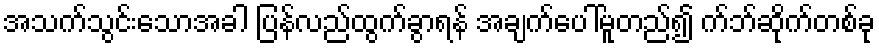
အသက်သွင်းသောအခါ ပြန်လည်ထွက်ခွာရန် အချက်ပေါ်မူတည်၍ က်ဘ်ဆိုက်တစ်ခု